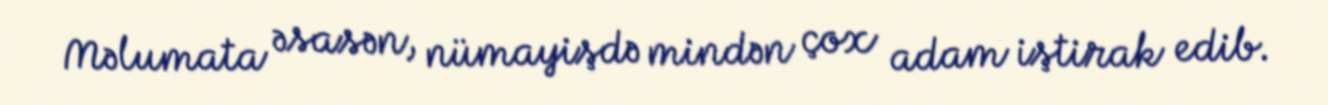
Məlumata əsasən, nümayişdə mindən çox adam iştirak edib.